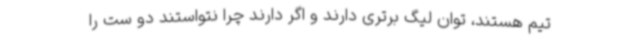
تیم هستند، توان لیگ برتری دارند و اگر دارند چرا نتواستند دو ست را